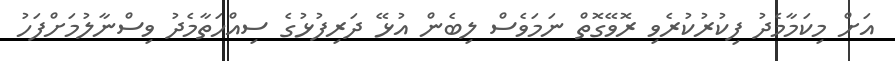
އަށް މިކަމާމެދު ފިކުރުކުރެވި ރޮވޭގޮތް ނަމަވެސް ލިބެން އުޅޭ ދަރިފުޅުގެ ސިއްހަތާމެދު ވިސްނާލުމަށްފަހު